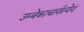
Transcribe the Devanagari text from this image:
उम्बेकाचार्यस्येयं